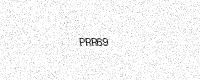
Text: PRR69